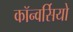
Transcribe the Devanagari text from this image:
कॉन्वर्सियो